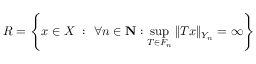
R = \left\{ x \in X \ : \ \forall n \in \mathbf { N } : \sup _ { T \in F _ { n } } \| T x \| _ { Y _ { n } } = \infty \right\}